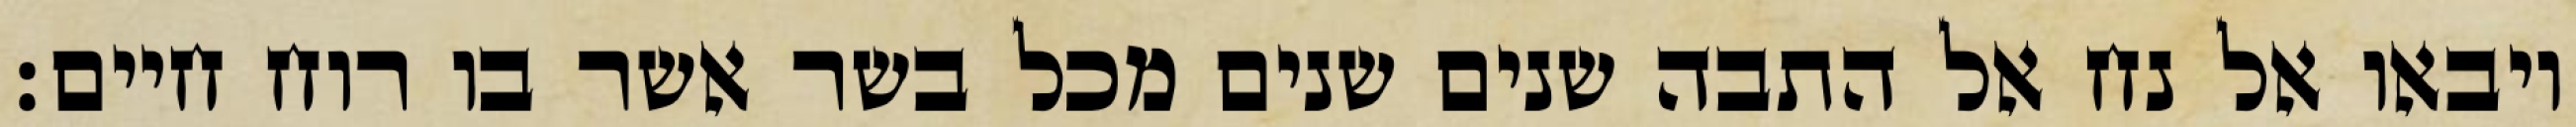
ויבאו אל נח אל התבה שנים שנים מכל בשר אשר בו רוח חיים׃